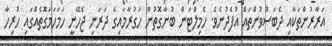
އަރާރުންތަކާއި ދެބަސްވުންތައް އުފެދުނެވެ. ހެމިލްޓަން ބުނާގޮތުން ހަގުރާމައިގެ ދަރަނި ޖެހޭނީ ހަމަހަމަގޮތެއްގައި ހުރިހާ